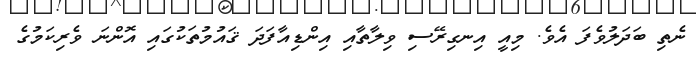
ނެތި ބަދަލުވެފަ އެވެ. މިއީ އިނގިރޭސި ވިލާތާއި އިންޑިއާފަދަ ޤައުމުތަކުގައި އޮންނަ ވެރިކަމުގެ